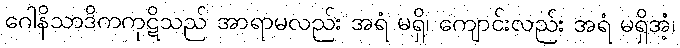
ဂေါနိသာဒိကကုဋိသည် အာရာမလည်း အရံ မရှိ၊ ကျောင်းလည်း အရံ မရှိအံ့၊